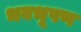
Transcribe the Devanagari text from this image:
भवभूषण